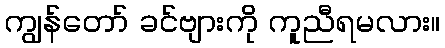
ကျွန်တော် ခင်ဗျားကို ကူညီရမလား။